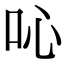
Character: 吣